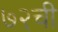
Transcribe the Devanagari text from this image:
७२ची